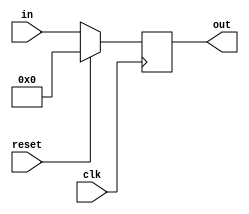
// Register, 14 bits, no enable input
module reg_14bitne(out, in, reset, clk);

   output [13:0]  out;
   reg [13:0]     out;
   input [13:0]   in;
   input          clk, reset;
   
   always @(posedge clk)
     
     begin
        if(reset == 1'b1)
          out <= 0;
        else
          out <= in;
     end
   
endmodule